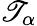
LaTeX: \mathscr{T}_{\alpha}